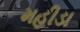
મહીડા